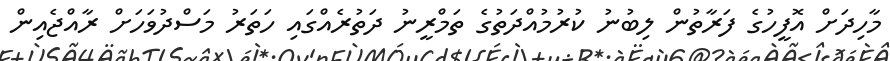
މާހިދަށް އޮފީހުގެ ފަރާތުން ލިބުނު ކުރުމުއްދަތުގެ ތަމްރީނު ދަތުރެއްގައި ހަތަރު މަސްދުވަހަށް ރާއްޖެއިން